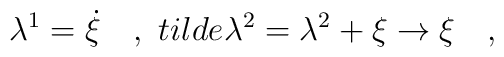
\lambda^1=\dot{\xi}\ \ \ ,\ \ \\tilde{\lambda}^2=\lambda^2+\xi\rightarrow \xi\ \ \ ,